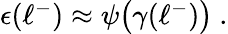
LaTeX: \begin{array}{r}{\epsilon(\ell^{-})\approx\psi\bigl(\gamma(\ell^{-})\bigr)~.}\end{array}